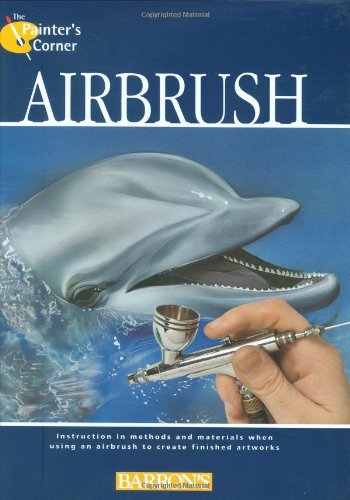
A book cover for Airbrush (The Painter's Corner Series); Arts & Photography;